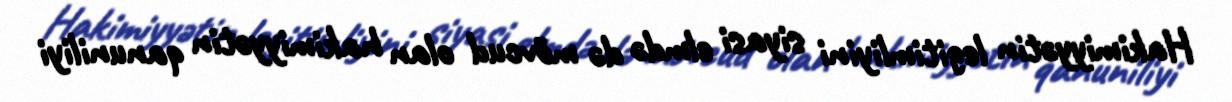
Hakimiyyətin legitimliyini siyasi elmdə də mövcud olan hakimiyyətin qanuniliyi